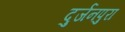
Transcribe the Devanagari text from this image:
दुर्जनपुरा